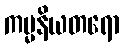
ကမ္မနိယတရော